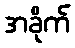
အခိုက်